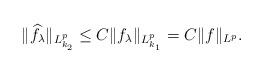
LaTeX: \begin{align*}\|\widehat{f_\lambda}\|_{L^p_{k_2}}\leq C\|f_\lambda\|_{L^p_{k_1}}= C\|f\|_{L^p}.\end{align*}